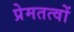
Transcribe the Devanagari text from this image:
प्रेमतत्वों